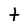
Character: t